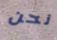
نحن